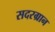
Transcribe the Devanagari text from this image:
सदरग्रान